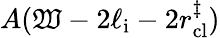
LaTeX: A(\mathfrak{W}-2\ell_{\mathrm{{i}}}-2r_{\mathrm{{cl}}}^{\ddagger})